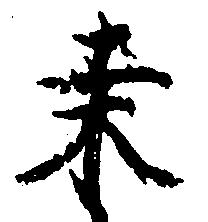
桑